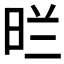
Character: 𭥪